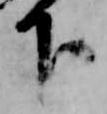
下